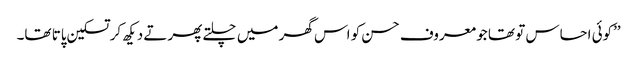
’’کوئی احساس تو تھا جو معروف حسن کو اس گھر میں چلتے پھرتے دیکھ کر تسکین پاتا تھا۔